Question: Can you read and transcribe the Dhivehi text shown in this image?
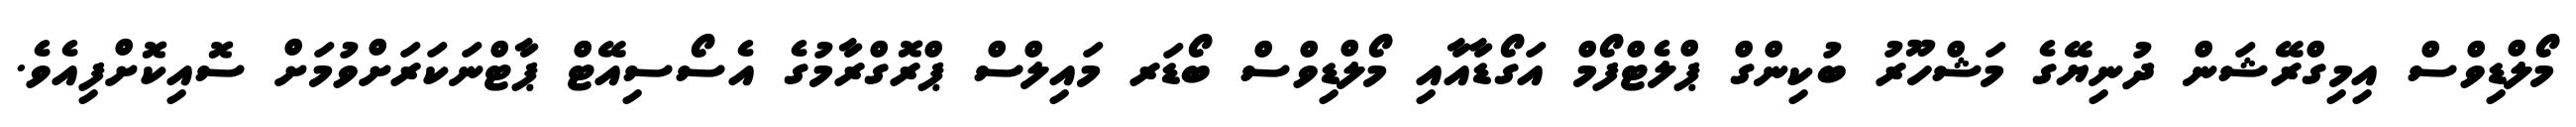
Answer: މޯލްޑިވްސް އިމިގްރޭޝަން ދުނިޔޭގެ މަޝްހޫރު ބުކިންގް ޕްލެޓްފޯމް އަގޯޑާއާއި މޯލްޑިވްސް ބޯޑަރ މައިލްސް ޕްރޮގްރާމުގެ އެސޯސިއޭޓް ޕާޓްނަކަރަށްވުމަށް ސޮއިކޮށްފިއެވެ.